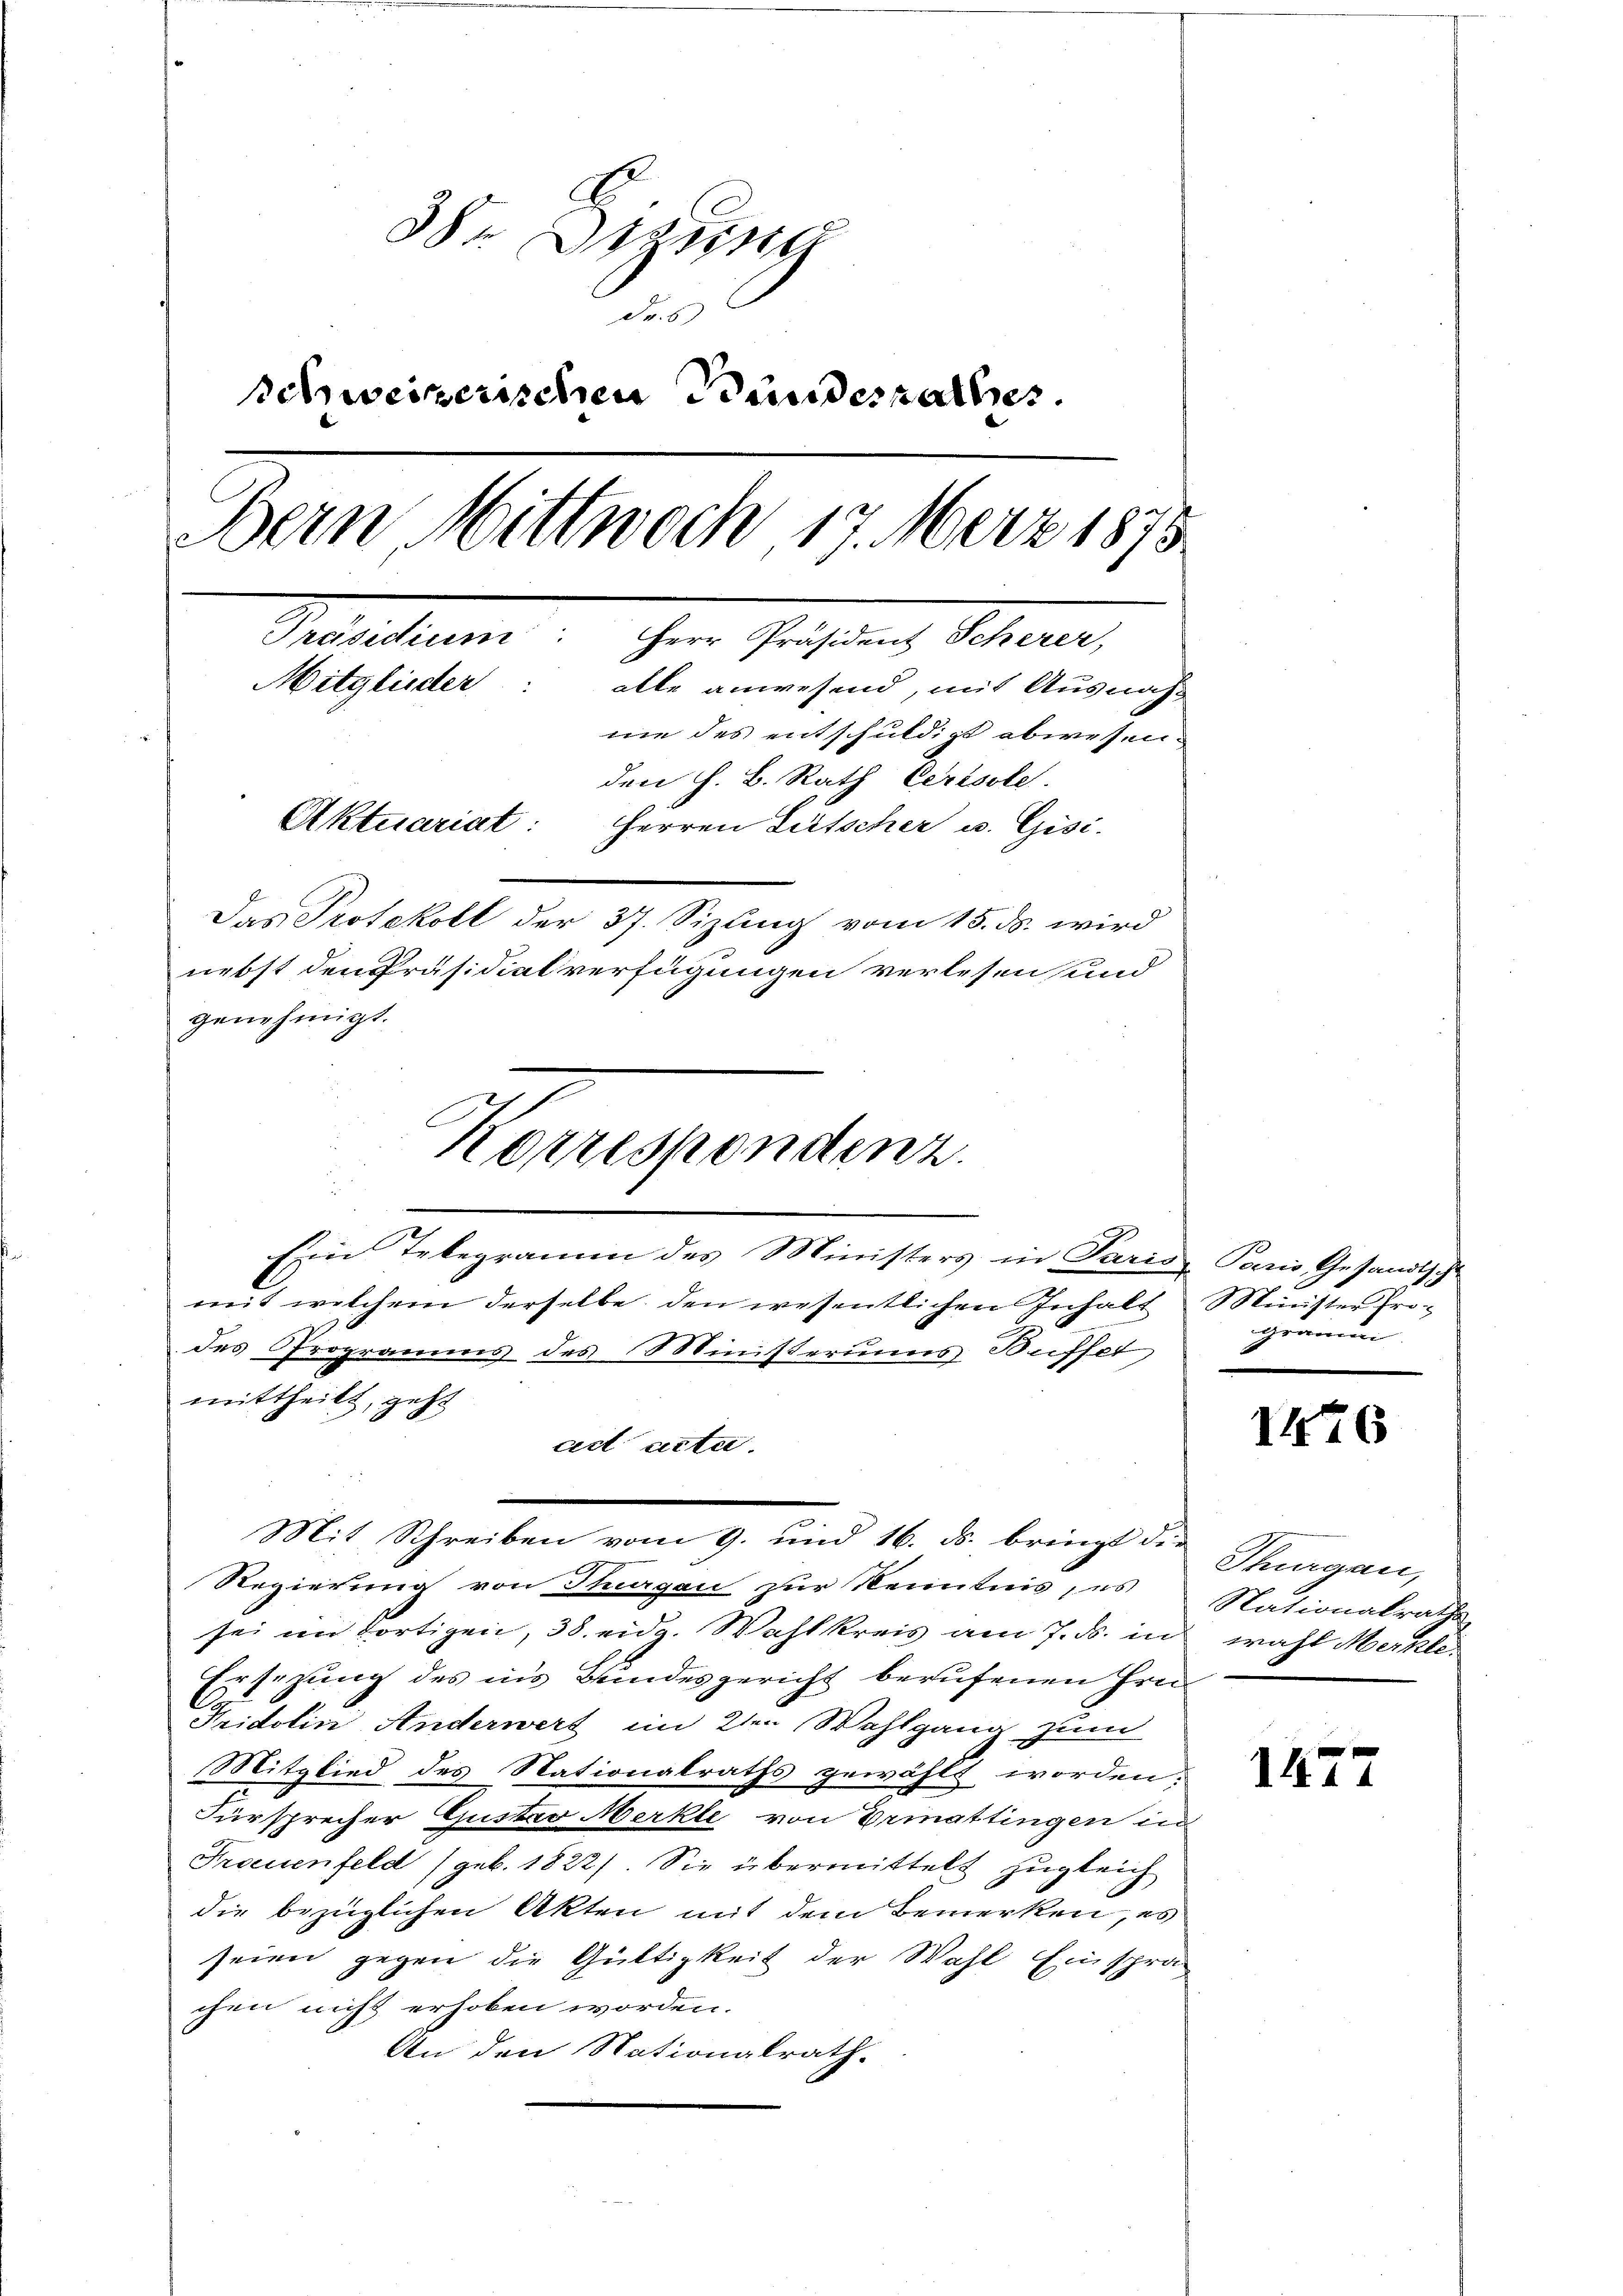
38. Sitzung
Fr. 5
schweizerischen Bundesrathes
Bern Mittwoch 17. März 1875
m
Mitglieder
alle anwesend, mit Ausnahnie des entschuldigt abwesen.
den H. B. Rath Cerisole.
Aktuariat: Herren Lütscher u. Gisi-
Das Protokoll der 37. Sizung vom 15. ds. wird
nebst den Präsidialverfügungen verlesen und
genehmigt.

Korrespondenz.
Ein Telegramm des Ministers in Paris Paris Gesandtsche

ad acta.

mit welchem derselbe den wesentlichen Inhalt Münster Frodes Programms des Ministerius Buffet
mittheilt, geht
Mit Schreiben vom 9. und 16. ds. bringt die
Regierung von Thurgau zur Kenntnis, es
sei im dortigen, 38. eidg. Wahlkreis am 7. ds. in wahl Merkle
Ersezung des in’s Bundesgericht berufenen Frei¬
Fridolin Anderwert im 2ten Wahlgang zum
Mitglied des Nationalraths gewählt worden.
Fürsprecher Gustav Merkte von Ermattingen in
Frauenfeld (geb. 1822). Sie übermittelt zugleich
die bezüglichen Akten mit dem Bemerken, es
seien gegen die Gültigkeit der Wahl Einsprächen nicht erhoben worden.
An den Nationalrath.

Gramm

1476

Thurgau,
Nationalrathe

1477